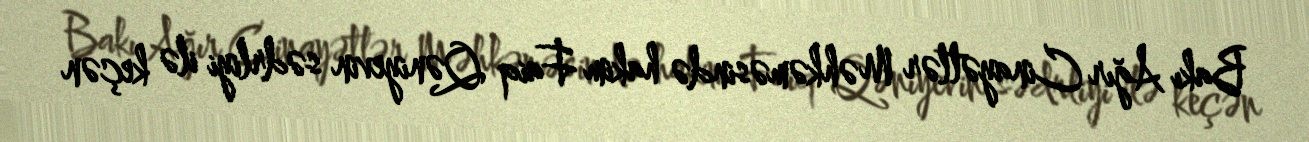
Bakı Ağır Cinayətlər Məhkəməsində hakim Faiq Qəniyevin sədrliyi ilə keçən